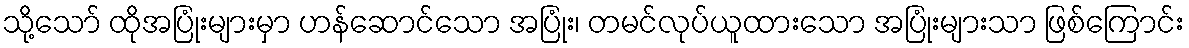
သို့သော် ထိုအပြုံးများမှာ ဟန်ဆောင်သော အပြုံး၊ တမင်လုပ်ယူထားသော အပြုံးများသာ ဖြစ်ကြောင်း